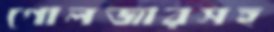
গোলজারসহ